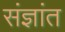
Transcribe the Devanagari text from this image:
संज्ञांत